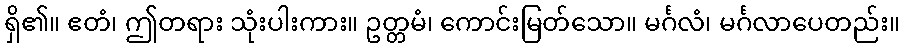
ရှိ၏။ ဧတံ၊ ဤတရား သုံးပါးကား။ ဥတ္တမံ၊ ကောင်းမြတ်သော။ မင်္ဂလံ၊ မင်္ဂလာပေတည်း။